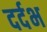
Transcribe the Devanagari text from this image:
दर्दभ